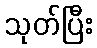
သုတ်ပြီး